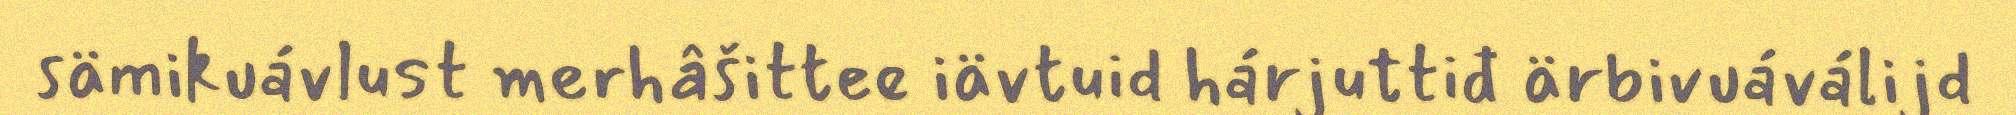
sämikuávlust merhâšittee iävtuid hárjuttiđ ärbivuáválijd